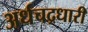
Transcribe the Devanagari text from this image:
अर्धचद्रधारी